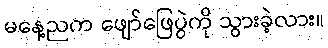
မနေ့ညက ဖျော်ဖြေပွဲကို သွားခဲ့လား။